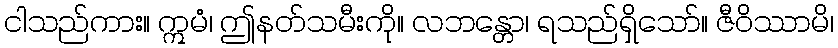
ငါသည်ကား။ ဣမံ၊ ဤနတ်သမီးကို။ လဘန္တော၊ ရသည်ရှိသော်။ ဇီဝိဿာမိ၊